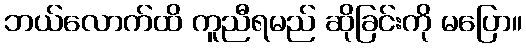
ဘယ်လောက်ထိ ကူညီရမည် ဆိုခြင်းကို မပြော။